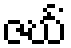
ဇင်္ဃံ